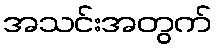
အသင်းအတွက်